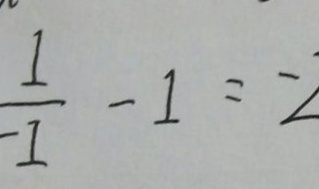
\frac { 1 } { - 1 } - 1 = - 2